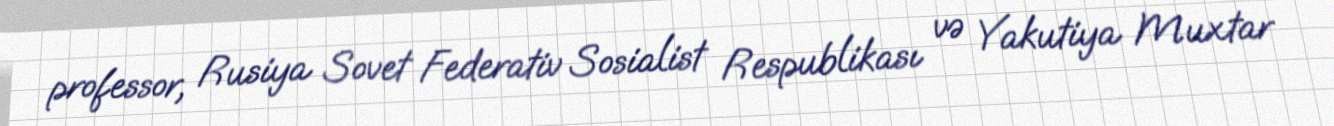
professor, Rusiya Sovet Federativ Sosialist Respublikası və Yakutiya Muxtar